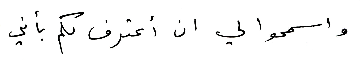
واسمحوا لي ان أعترف لكم بأني